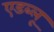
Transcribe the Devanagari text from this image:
एडब्लू